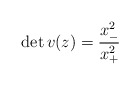
\begin{align*}\det v(z)=\displaystyle{\frac{x^{2}_{-}}{x^{2}_{+}}}\end{align*}